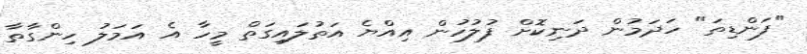
"ފަންޑިތަ" ހަދަމުން ދަނިކޮށް ފުލުހުން އިއްޔެ އަތުލައިގަތް މީހާ އެ އަމަލު ހިންގާތާ